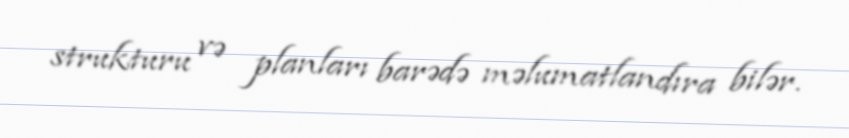
strukturu və planları barədə məlumatlandıra bilər.